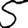
Digit: 5